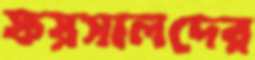
ফয়সালদের